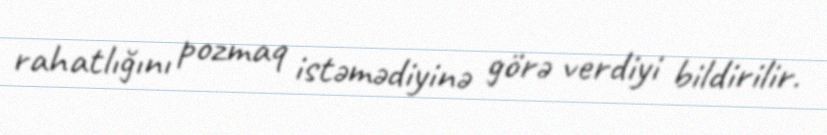
rahatlığını pozmaq istəmədiyinə görə verdiyi bildirilir.